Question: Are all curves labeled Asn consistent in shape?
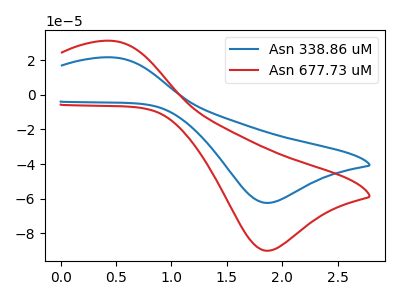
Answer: <think>The blue curve "Asn 338.86 uM" has an anodic peak at (0.45V, 21.50uA) and a cathodic peak at (1.90V, -62.35uA). The red curve "Asn 677.73 uM" has an anodic peak at (0.45V, 31.00uA) and a cathodic peak at (1.90V, -89.90uA).
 All the peaks in "Asn 338.86 uM" have a peak in "Asn 677.73 uM" at the same potential. Every peak in "Asn 338.86 uM" is lower than every peak in "Asn 677.73 uM".</think>
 <answer>All the CV's of "Asn" have similar shape.</answer>
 <eval>follow_rule</eval>